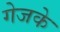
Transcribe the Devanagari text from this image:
गेजके